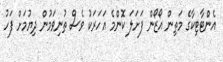
އެންޓާޓިކާގެ މަތިން އޯޒޯން ފަށަލަ ކޮންމެ އަހަރަކު ވެސް ތުނިވަމުން ދިޔުމަށް ފަހު